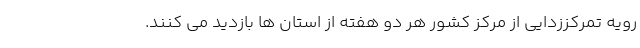
رویه تمرکززدایی از مرکز کشور هر دو هفته از استان ها بازدید می کنند.